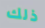
ذلك